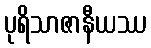
ပုရိသာဇာနီယဿ